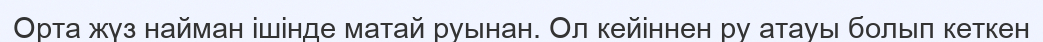
Орта жүз найман ішінде матай руынан. Ол кейіннен ру атауы болып кеткен